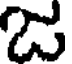
C